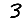
Digit: 3